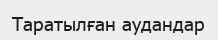
Таратылған аудандар